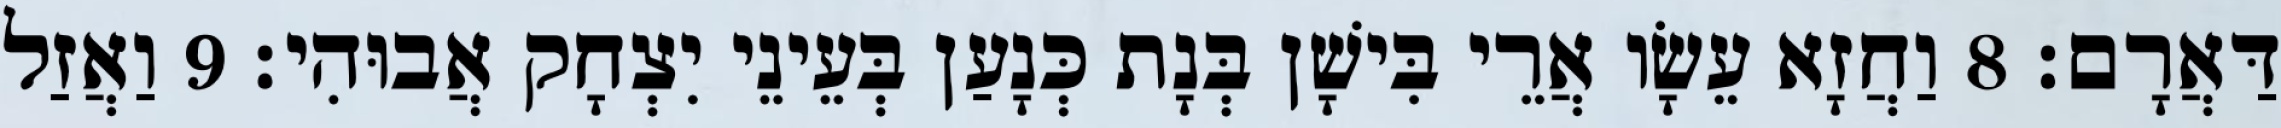
דַּאֲרָם׃ 8 וַחֲזָא עֵשָׂו אֲרֵי בִּישָׁן בְּנָת כְּנָעַן בְּעֵינֵי יִצְחָק אֲבוּהִי׃ 9 וַאֲזַל